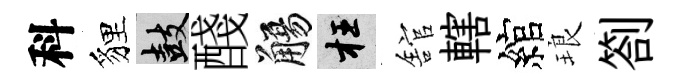
科貍鼓醆觴枉舘轄綰琅劄